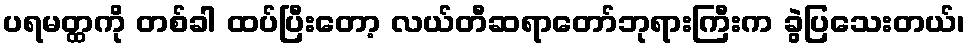
ပရမတ္ထကို တစ်ခါ ထပ်ပြီးတော့ လယ်တီဆရာတော်ဘုရားကြီးက ခွဲပြသေးတယ်၊